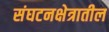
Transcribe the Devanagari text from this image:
संघटनक्षेत्रातील